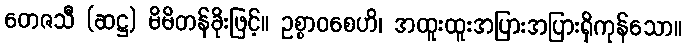
တေဇသီ (ဆဋ္ဌ) မိမိတန်ခိုးဖြင့်။ ဥစ္စာဝစေဟိ၊ အထူးထူးအပြားအပြားရှိကုန်သော။